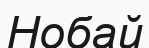
Нобай